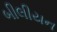
બીલીયન